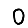
Digit: 0